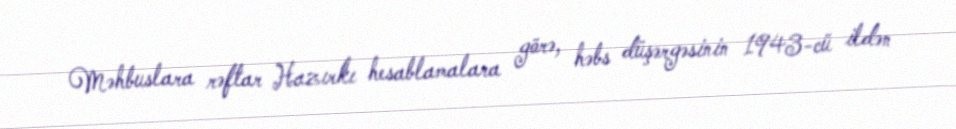
Məhbuslara rəftar Hazırkı hesablamalara görə, həbs düşərgəsinin 1943-cü ildən